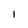
Character: 1